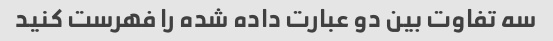
سه تفاوت بین دو عبارت داده شده را فهرست کنید